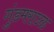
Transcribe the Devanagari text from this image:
गुंडमराउळ